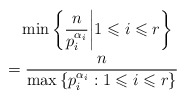
\begin{align*} &\quad\min\left\{\frac{n}{p_i^{\alpha_i}}\bigg| 1 \leqslant i \leqslant r\right\} \\ &=\frac{n}{\max\left\{p_i^{\alpha_i}: 1 \leqslant i \leqslant r\right\}} \end{align*}